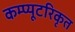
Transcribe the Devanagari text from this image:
कम्प्यूटरिकृत